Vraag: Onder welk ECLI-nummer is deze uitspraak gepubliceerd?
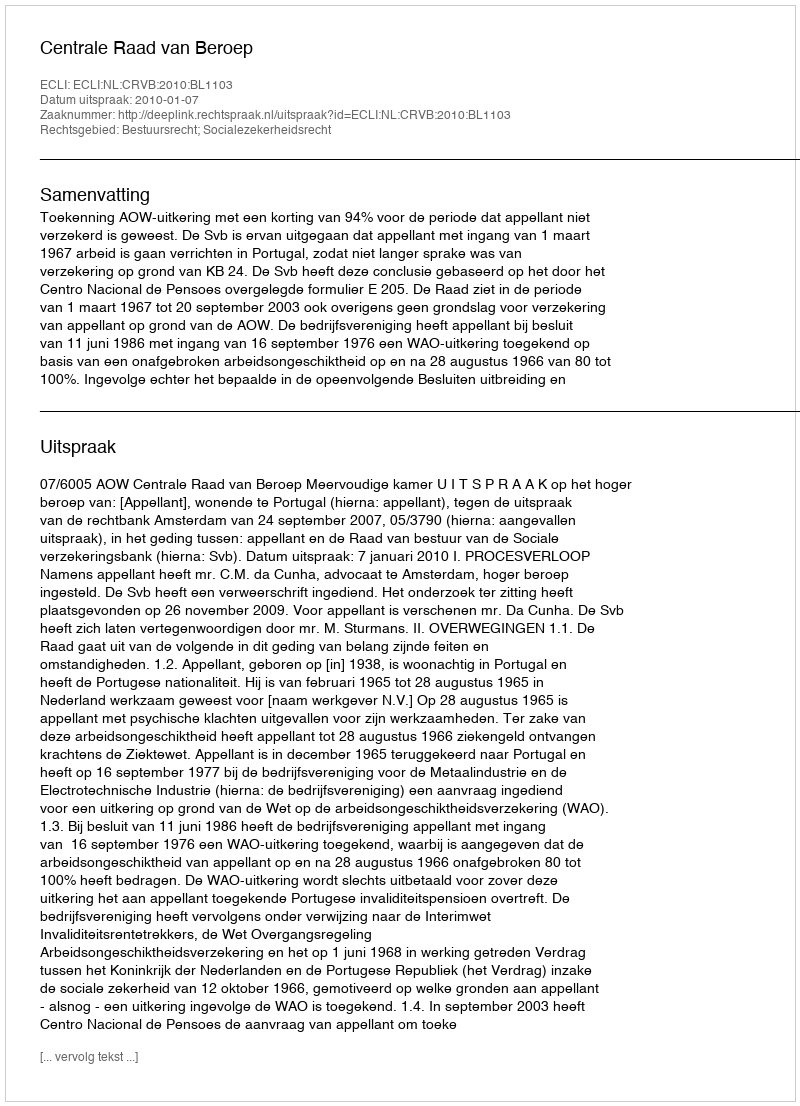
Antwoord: ECLI:NL:CRVB:2010:BL1103